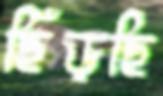
ছিঁড়ছি